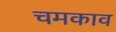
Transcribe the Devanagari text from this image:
चमकाव